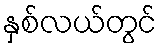
နှစ်လယ်တွင်